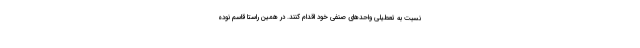
نسبت به تعطیلی واحد‌های صنفی خود اقدام کنند. در همین راستا قاسم نوده